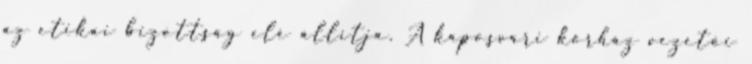
az etikai bizottság elé állítja. A kaposvári kórház vezetői